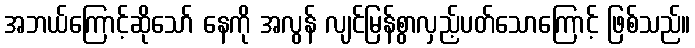
အဘယ်ကြောင့်ဆိုသော် နေကို အလွန် လျင်မြန်စွာလှည့်ပတ်သောကြောင့် ဖြစ်သည်။